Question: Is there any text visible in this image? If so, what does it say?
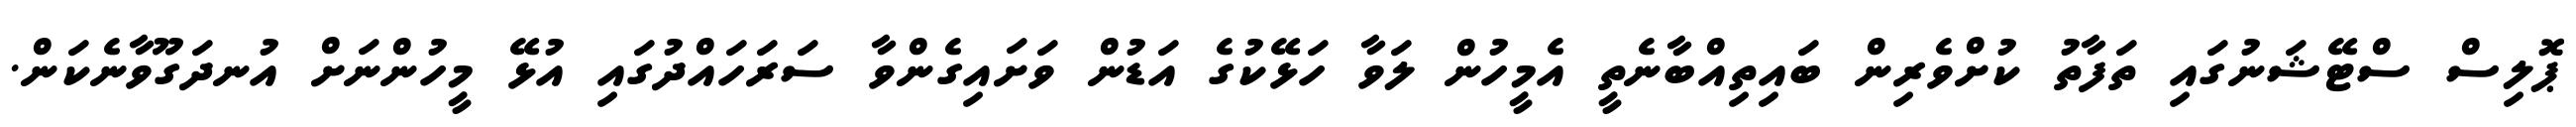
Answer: ޕޮލިސް ސްޓޭޝަނުގައި ތަފާތު ކުށްވެރިން ބައިތިއްބާނެތީ އެމީހުން ލަވާ ހަޅޭކުގެ އަޑުން ވަށައިގެންވާ ސަރަހައްދުގައި އުޅޭ މީހުންނަށް އުނދަގޫވާނެކަން.